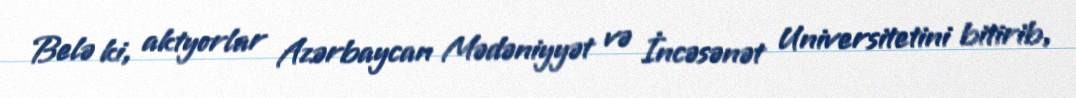
Belə ki, aktyorlar Azərbaycan Mədəniyyət və İncəsənət Universitetini bitirib,